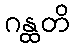
ဂန္ထတိ